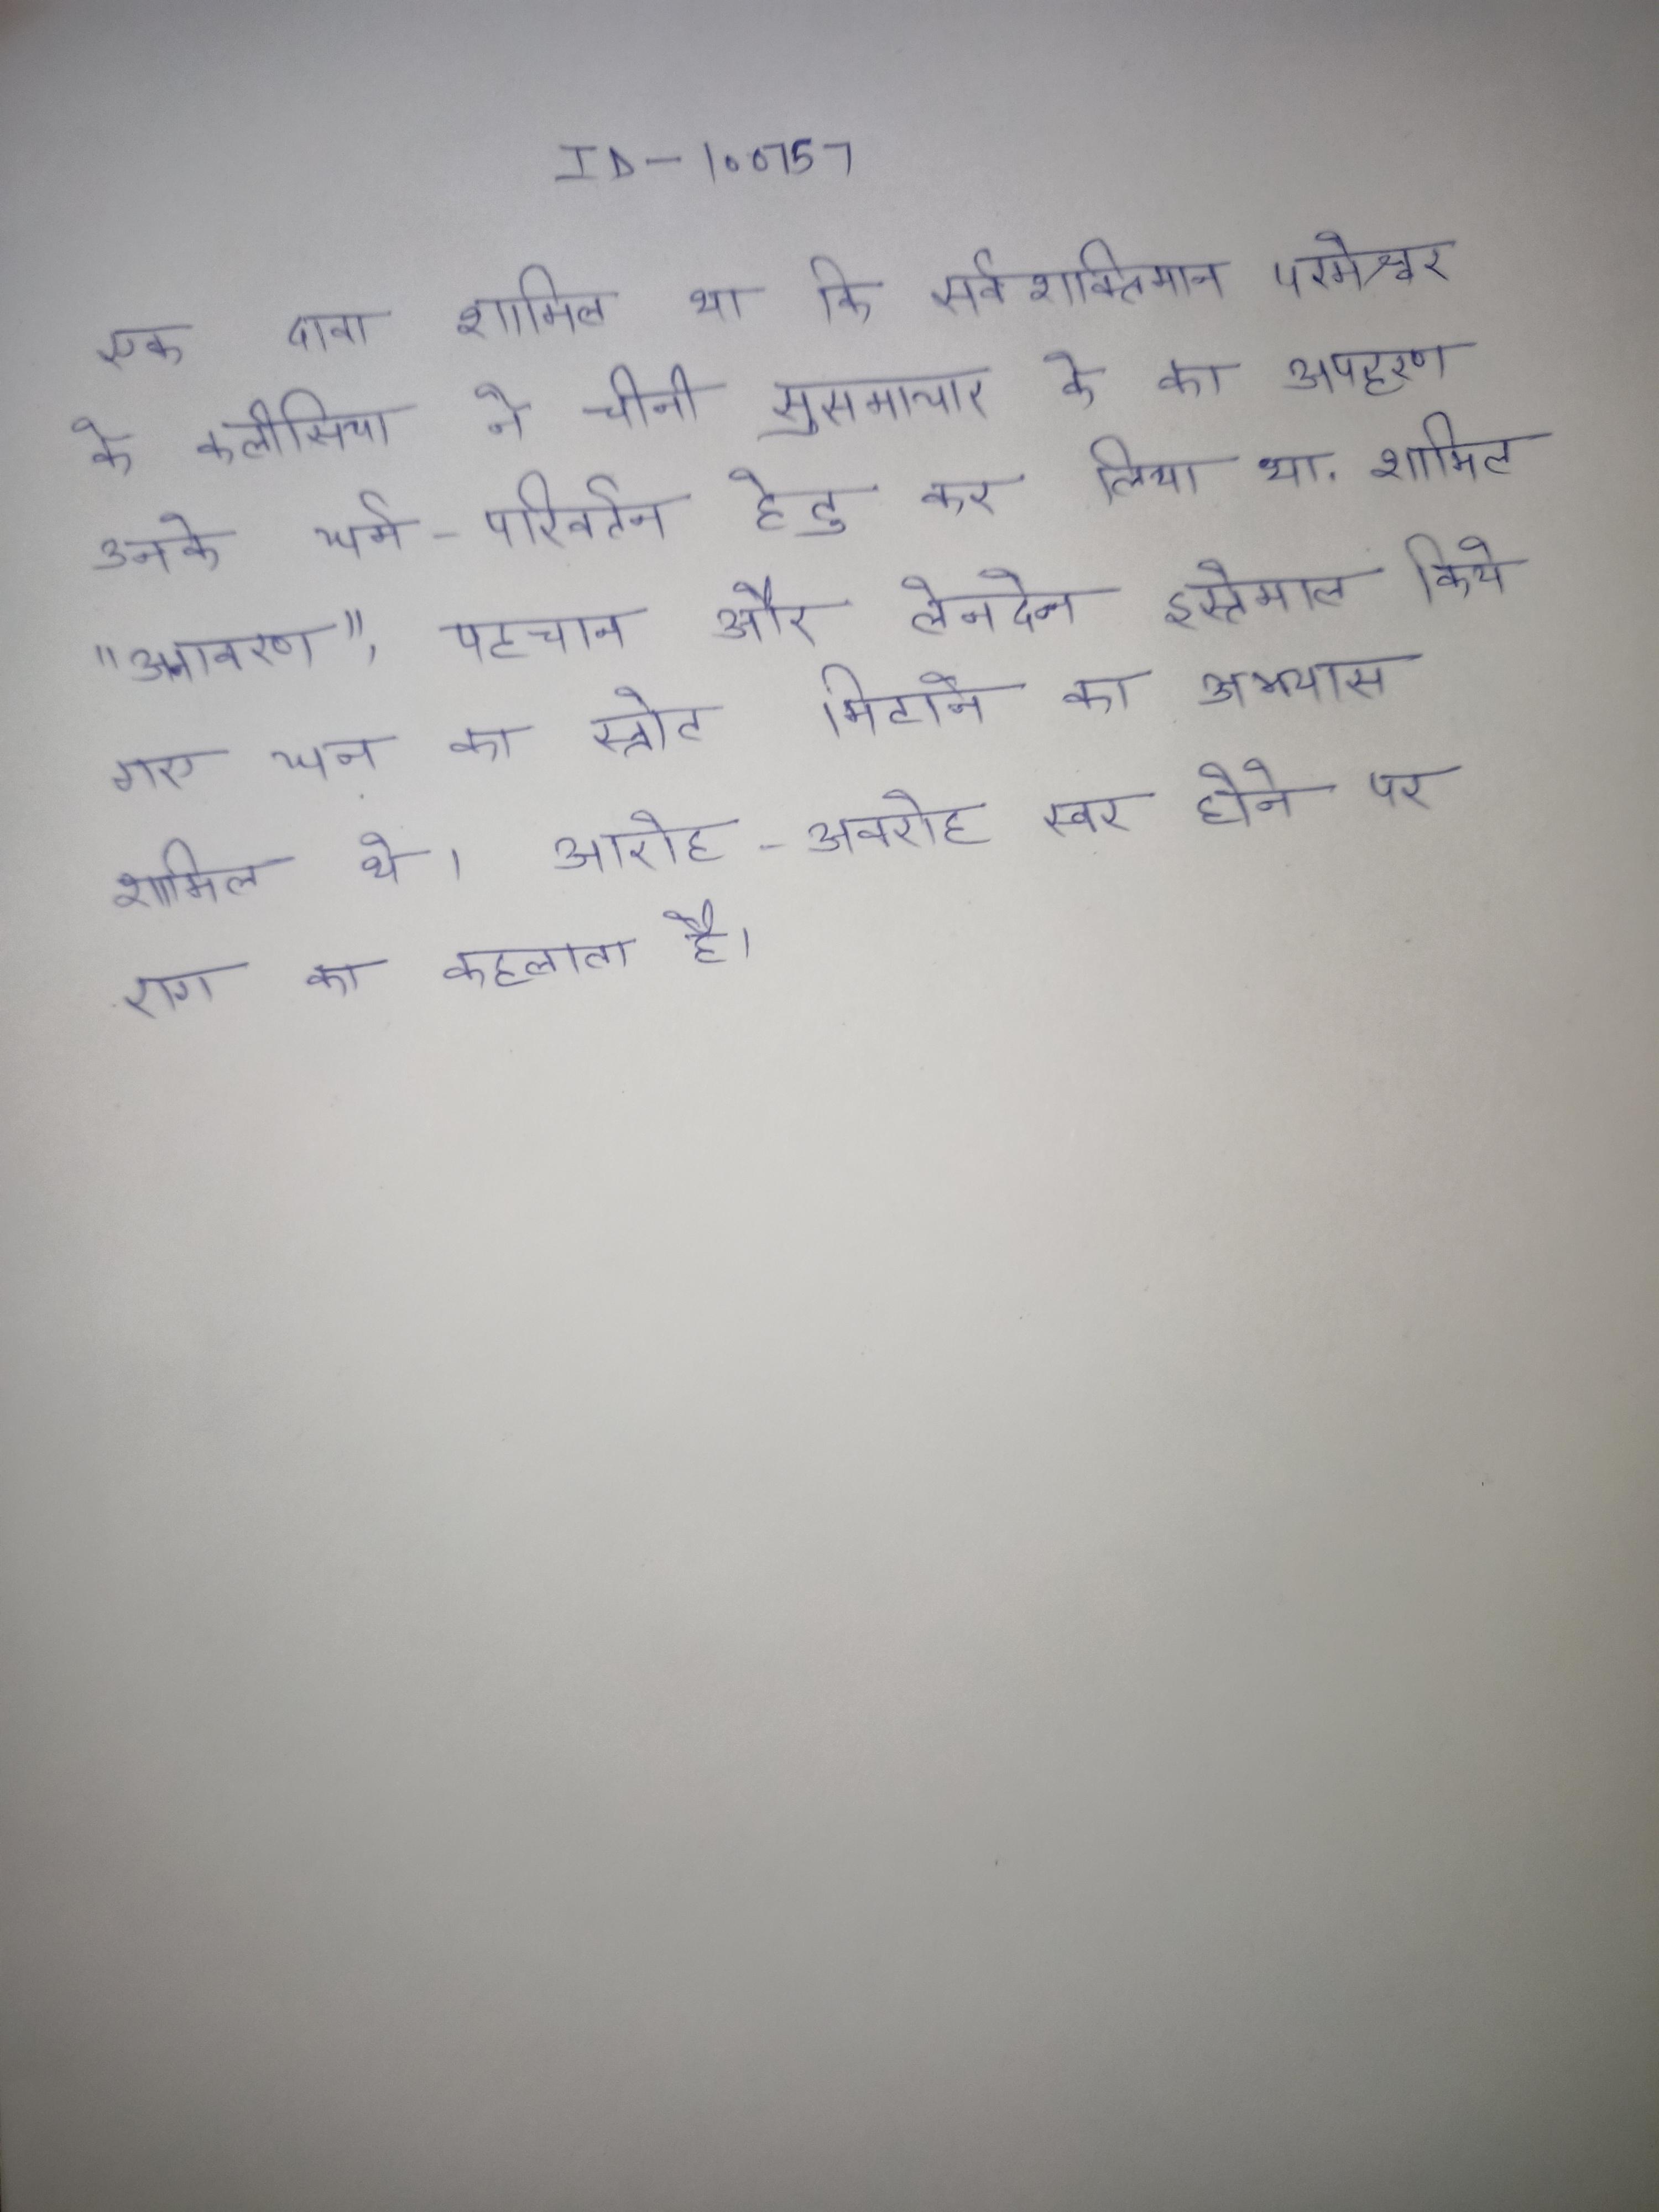
यह दावा शामिल था कि सर्वशक्तिमान परमेश्वर के कलीसिया ने चीनी सुसमाचार के का अपहरण उनके धर्म-परिवर्तन हेतु कर लिया था . शामिल "अनावरण", पहचान और लेनदेन इस्तेमाल किये गए धन का स्रोत मिटाने के अभ्यास शामिल थे । आरोह-अवरोह स्वर होने पर राग का कहलाता है ।